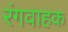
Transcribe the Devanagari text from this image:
रंगवाहक